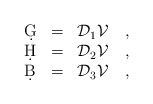
\begin{align*}\begin{array}{lll}\d G &=& {\cal D}_1 {\cal V} ~~~, \\\d H &=& {\cal D}_2 {\cal V} ~~~, \\\d B &=& {\cal D}_3 {\cal V} ~~~, \end{array}\end{align*}